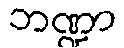
ဘဏ္ဍာ